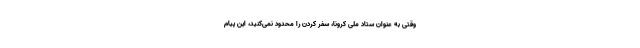
وقتی به عنوان ستاد ملی کرونا، سفر کردن را محدود نمی‌کنید، این پیام